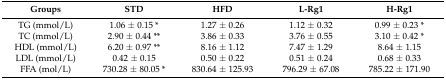
<table><thead><tr><td><b>Groups</b></td><td><b>STD</b></td><td><b>HFD</b></td><td><b>L-Rg1</b></td><td><b>H-Rg1</b></td></tr></thead><tbody><tr><td>TG (mmol/L)</td><td>1.06 ± 0.15 *</td><td>1.27 ± 0.26</td><td>1.12 ± 0.32</td><td>0.99 ± 0.23 *</td></tr><tr><td>TC (mmol/L)</td><td>2.90 ± 0.44 **</td><td>3.86 ± 0.33</td><td>3.76 ± 0.55</td><td>3.10 ± 0.42 *</td></tr><tr><td>HDL (mmol/L)</td><td>6.20 ± 0.97 **</td><td>8.16 ± 1.12</td><td>7.47 ± 1.29</td><td>8.64 ± 1.15</td></tr><tr><td>LDL (mmol/L)</td><td>0.42 ± 0.15</td><td>0.50 ± 0.22</td><td>0.51 ± 0.24</td><td>0.68 ± 0.33</td></tr><tr><td>FFA (mol/L)</td><td>730.28 ± 80.05 *</td><td>830.64 ± 125.93</td><td>796.29 ± 67.08</td><td>785.22 ± 171.90</td></tr></tbody></table>